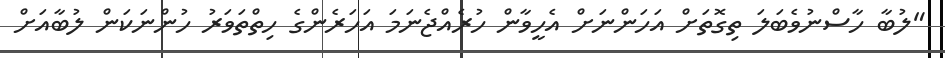
"ލުބާ ހާސްނުވެބަލަ ތިގޮތަށް އަހަންނަށް އެހީވާން ހުރެއްޖެނަމަ އަހަރެންގެ ހިތްތަވަރު ހުންނަކަން ލުބާއަށް